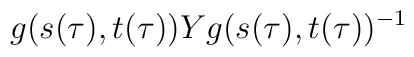
g(s(\tau),t(\tau))Yg(s(\tau),t(\tau))^{-1}